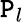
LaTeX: \mathtt{P}_{l}